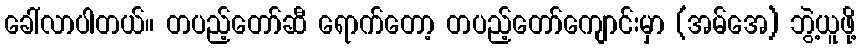
ခေါ်လာပါတယ်။ တပည့်တော်ဆီ ရောက်တော့ တပည့်တော်ကျောင်းမှာ (အမ်အေ) ဘွဲ့ယူဖို့